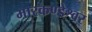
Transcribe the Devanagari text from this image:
मारकण्डेश्वर